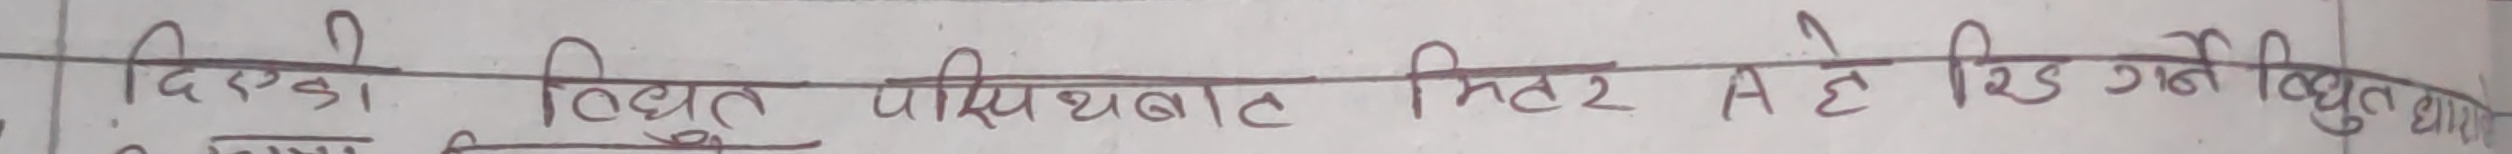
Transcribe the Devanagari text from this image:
दिएका विद्युत परिपथ में मीटर A से रिड करने विधुत धारा